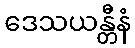
ဒေသယန္တီနံ